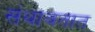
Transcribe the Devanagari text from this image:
संथावतात